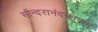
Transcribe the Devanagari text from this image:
सौन्दरानंदकाव्यम्